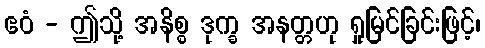
ဧဝံ - ဤသို့ အနိစ္စ ဒုက္ခ အနတ္တဟု ရှုမြင်ခြင်းဖြင့်၊